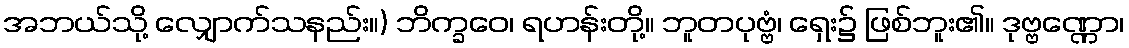
အဘယ်သို့ လျှောက်သနည်း။) ဘိက္ခဝေ၊ ရဟန်းတို့။ ဘူတပုဗ္ဗံ၊ ရှေး၌ ဖြစ်ဘူး၏။ ဒုဗ္ဗဏ္ဏော၊